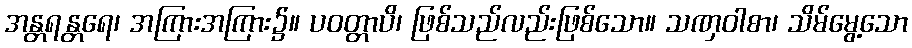
အန္တရန္တရေ၊ အကြားအကြား၌။ ပဝတ္တာပိ၊ ဖြစ်သည်လည်းဖြစ်သော။ သဏှဝါစာ၊ သိမ်မွေ့သော